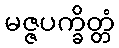
မဇ္ဇပက္ခိတ္တံ